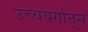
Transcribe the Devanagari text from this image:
उच्चवर्गातून